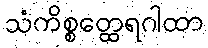
သံကိစ္စတ္ထေရဂါထာ